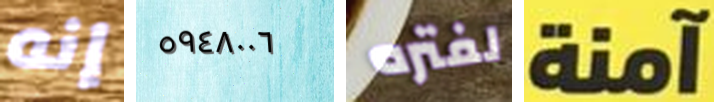
إنه ٥٩٤٨٠٠٦ لفتره آمنة